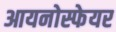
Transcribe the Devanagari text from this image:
आयनोस्फेयर